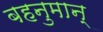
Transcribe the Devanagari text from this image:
बहनुमान्